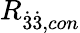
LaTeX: R_{\dot{3}\dot{3},con}